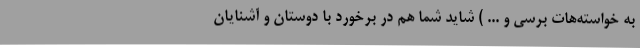
به خواسته‌هات برسی و ... ) شاید شما هم در برخورد با دوستان و آشنایان